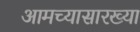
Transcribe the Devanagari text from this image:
आमच्यासारख्या